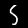
Digit: 5